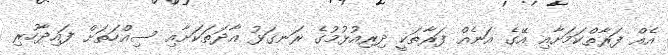
އެއް ފަރާތްކަމަށާއި އޭގެ އަނެއް ފަރާތަކީ ދިރިއުޅުމުގެ ރަނގަޅު އާދަތަކަށާއި ސިއްހަތަށް ފައިދާހުރި